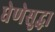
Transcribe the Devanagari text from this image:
घेणेसुद्धा